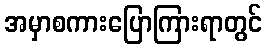
အမှာစကားပြောကြားရာတွင်